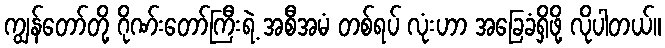
ကျွန်တော်တို့ ဂိုဏ်းတော်ကြီးရဲ့ အစီအမံ တစ်ရပ် လုံးဟာ အခြေခံရှိဖို့ လိုပါတယ်။